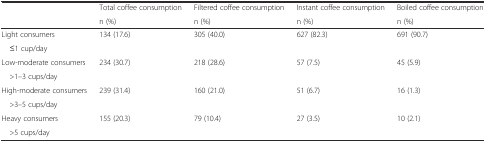
<table><thead><tr><td rowspan="2"></td><td><b>Total coffee consumption</b></td><td><b>Filtered coffee consumption</b></td><td><b>Instant coffee consumption</b></td><td><b>Boiled coffee consumption</b></td></tr><tr><td><b>n (%)</b></td><td><b>n (%)</b></td><td><b>n (%)</b></td><td><b>n (%)</b></td></tr></thead><tbody><tr><td>Light consumers</td><td rowspan="2">134 (17.6)</td><td rowspan="2">305 (40.0)</td><td rowspan="2">627 (82.3)</td><td rowspan="2">691 (90.7)</td></tr><tr><td> ≤1 cup/day</td></tr><tr><td>Low-moderate consumers</td><td rowspan="2">234 (30.7)</td><td rowspan="2">218 (28.6)</td><td rowspan="2">57 (7.5)</td><td rowspan="2">45 (5.9)</td></tr><tr><td> &gt;1–3 cups/day</td></tr><tr><td>High-moderate consumers</td><td rowspan="2">239 (31.4)</td><td rowspan="2">160 (21.0)</td><td rowspan="2">51 (6.7)</td><td rowspan="2">16 (1.3)</td></tr><tr><td> &gt;3–5 cups/day</td></tr><tr><td>Heavy consumers</td><td rowspan="2">155 (20.3)</td><td rowspan="2">79 (10.4)</td><td rowspan="2">27 (3.5)</td><td rowspan="2">10 (2.1)</td></tr><tr><td> &gt;5 cups/day</td></tr></tbody></table>